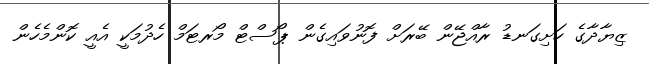
ޒިޔާދާގެ ހަށިގަނޑު ރާއްޖޭން ބޭރަށް ފޮނުވައިގެން ޕޯސްޓް މޯރޓަމް ހެދުމަކީ އެއީ ކޮންމެހެން